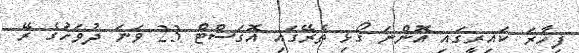
ފިހާރަ ކައިރީގައި އޮންނަ ގޯޅި ތެރޭގައި އޮގަސްޓް 23 ވަނަ ދުވަހުގެ ރޭ